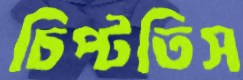
চিপ্‌টতিস